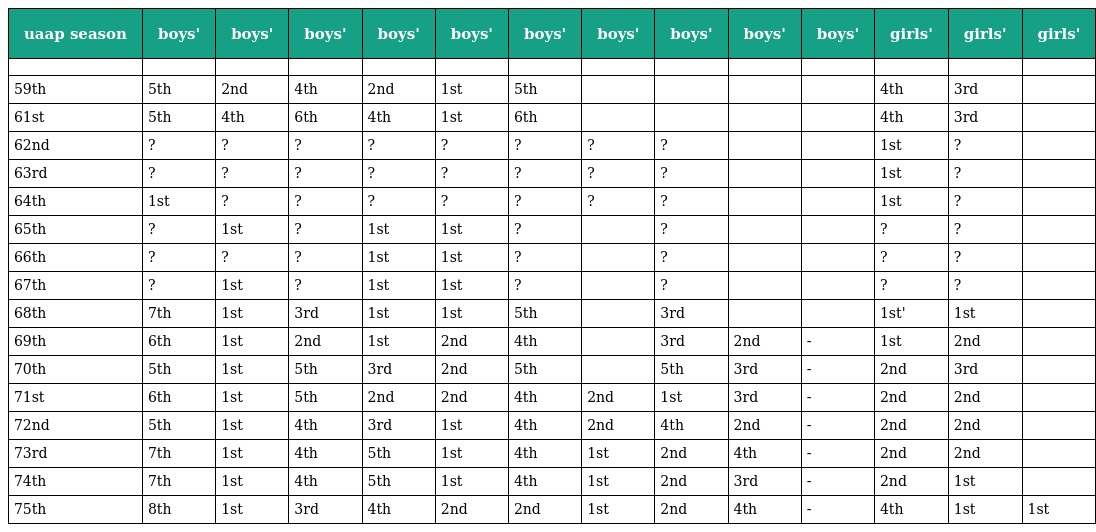
| uaap season | boys' | boys' | boys' | boys' | boys' | boys' | boys' | boys' | boys' | boys' | girls' | girls' | girls' |
 | --- | --- | --- | --- | --- | --- | --- | --- | --- | --- | --- | --- | --- | --- |
 |  |  |  |  |  |  |  |  |  |  |  |  |  |  |
 | 59th | 5th | 2nd | 4th | 2nd | 1st | 5th |  |  |  |  | 4th | 3rd |  |
 | 61st | 5th | 4th | 6th | 4th | 1st | 6th |  |  |  |  | 4th | 3rd |  |
 | 62nd | ? | ? | ? | ? | ? | ? | ? | ? |  |  | 1st | ? |  |
 | 63rd | ? | ? | ? | ? | ? | ? | ? | ? |  |  | 1st | ? |  |
 | 64th | 1st | ? | ? | ? | ? | ? | ? | ? |  |  | 1st | ? |  |
 | 65th | ? | 1st | ? | 1st | 1st | ? |  | ? |  |  | ? | ? |  |
 | 66th | ? | ? | ? | 1st | 1st | ? |  | ? |  |  | ? | ? |  |
 | 67th | ? | 1st | ? | 1st | 1st | ? |  | ? |  |  | ? | ? |  |
 | 68th | 7th | 1st | 3rd | 1st | 1st | 5th |  | 3rd |  |  | 1st' | 1st |  |
 | 69th | 6th | 1st | 2nd | 1st | 2nd | 4th |  | 3rd | 2nd | - | 1st | 2nd |  |
 | 70th | 5th | 1st | 5th | 3rd | 2nd | 5th |  | 5th | 3rd | - | 2nd | 3rd |  |
 | 71st | 6th | 1st | 5th | 2nd | 2nd | 4th | 2nd | 1st | 3rd | - | 2nd | 2nd |  |
 | 72nd | 5th | 1st | 4th | 3rd | 1st | 4th | 2nd | 4th | 2nd | - | 2nd | 2nd |  |
 | 73rd | 7th | 1st | 4th | 5th | 1st | 4th | 1st | 2nd | 4th | - | 2nd | 2nd |  |
 | 74th | 7th | 1st | 4th | 5th | 1st | 4th | 1st | 2nd | 3rd | - | 2nd | 1st |  |
 | 75th | 8th | 1st | 3rd | 4th | 2nd | 2nd | 1st | 2nd | 4th | - | 4th | 1st | 1st |